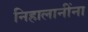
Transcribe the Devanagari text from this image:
निहालानींना